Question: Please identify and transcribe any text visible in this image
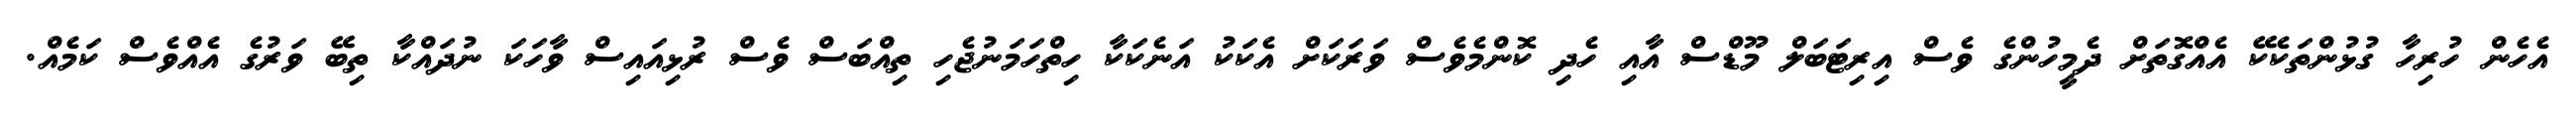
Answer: އެހެން ހުރިހާ ގުޅުންތަކެކޭ އެއްގޮތަށް ދެމީހުންގެ ވެސް އިރިޓަބަލް މޫޑްސް އާއި ހެދި ކޮންމެވެސް ވަރަކަށް އެކަކު އަނެކަކާ ހިތްހަމަނުޖެހި ތިއްބަސް ވެސް ރުޅިއައިސް ވާހަކަ ނުދައްކާ ތިބޭ ވަރުގެ އެއްވެސް ކަމެއް.